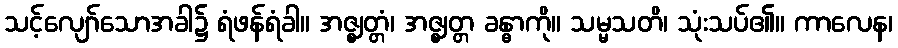
သင့်လျော်သောအခါ၌ ရံဖန်ရံခါ။ အဇ္ဈတ္တံ၊ အဇ္ဈတ္တ ခန္ဓာကို။ သမ္မသတိ၊ သုံးသပ်၏။ ကာလေန၊